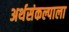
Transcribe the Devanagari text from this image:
अर्थसंकल्पाला